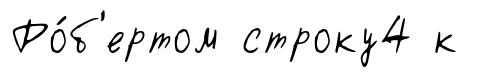
Ро́б'ертом строку4 к